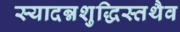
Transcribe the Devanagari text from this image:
स्यादन्नशुद्धिस्तथैव